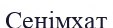
Сенімхат